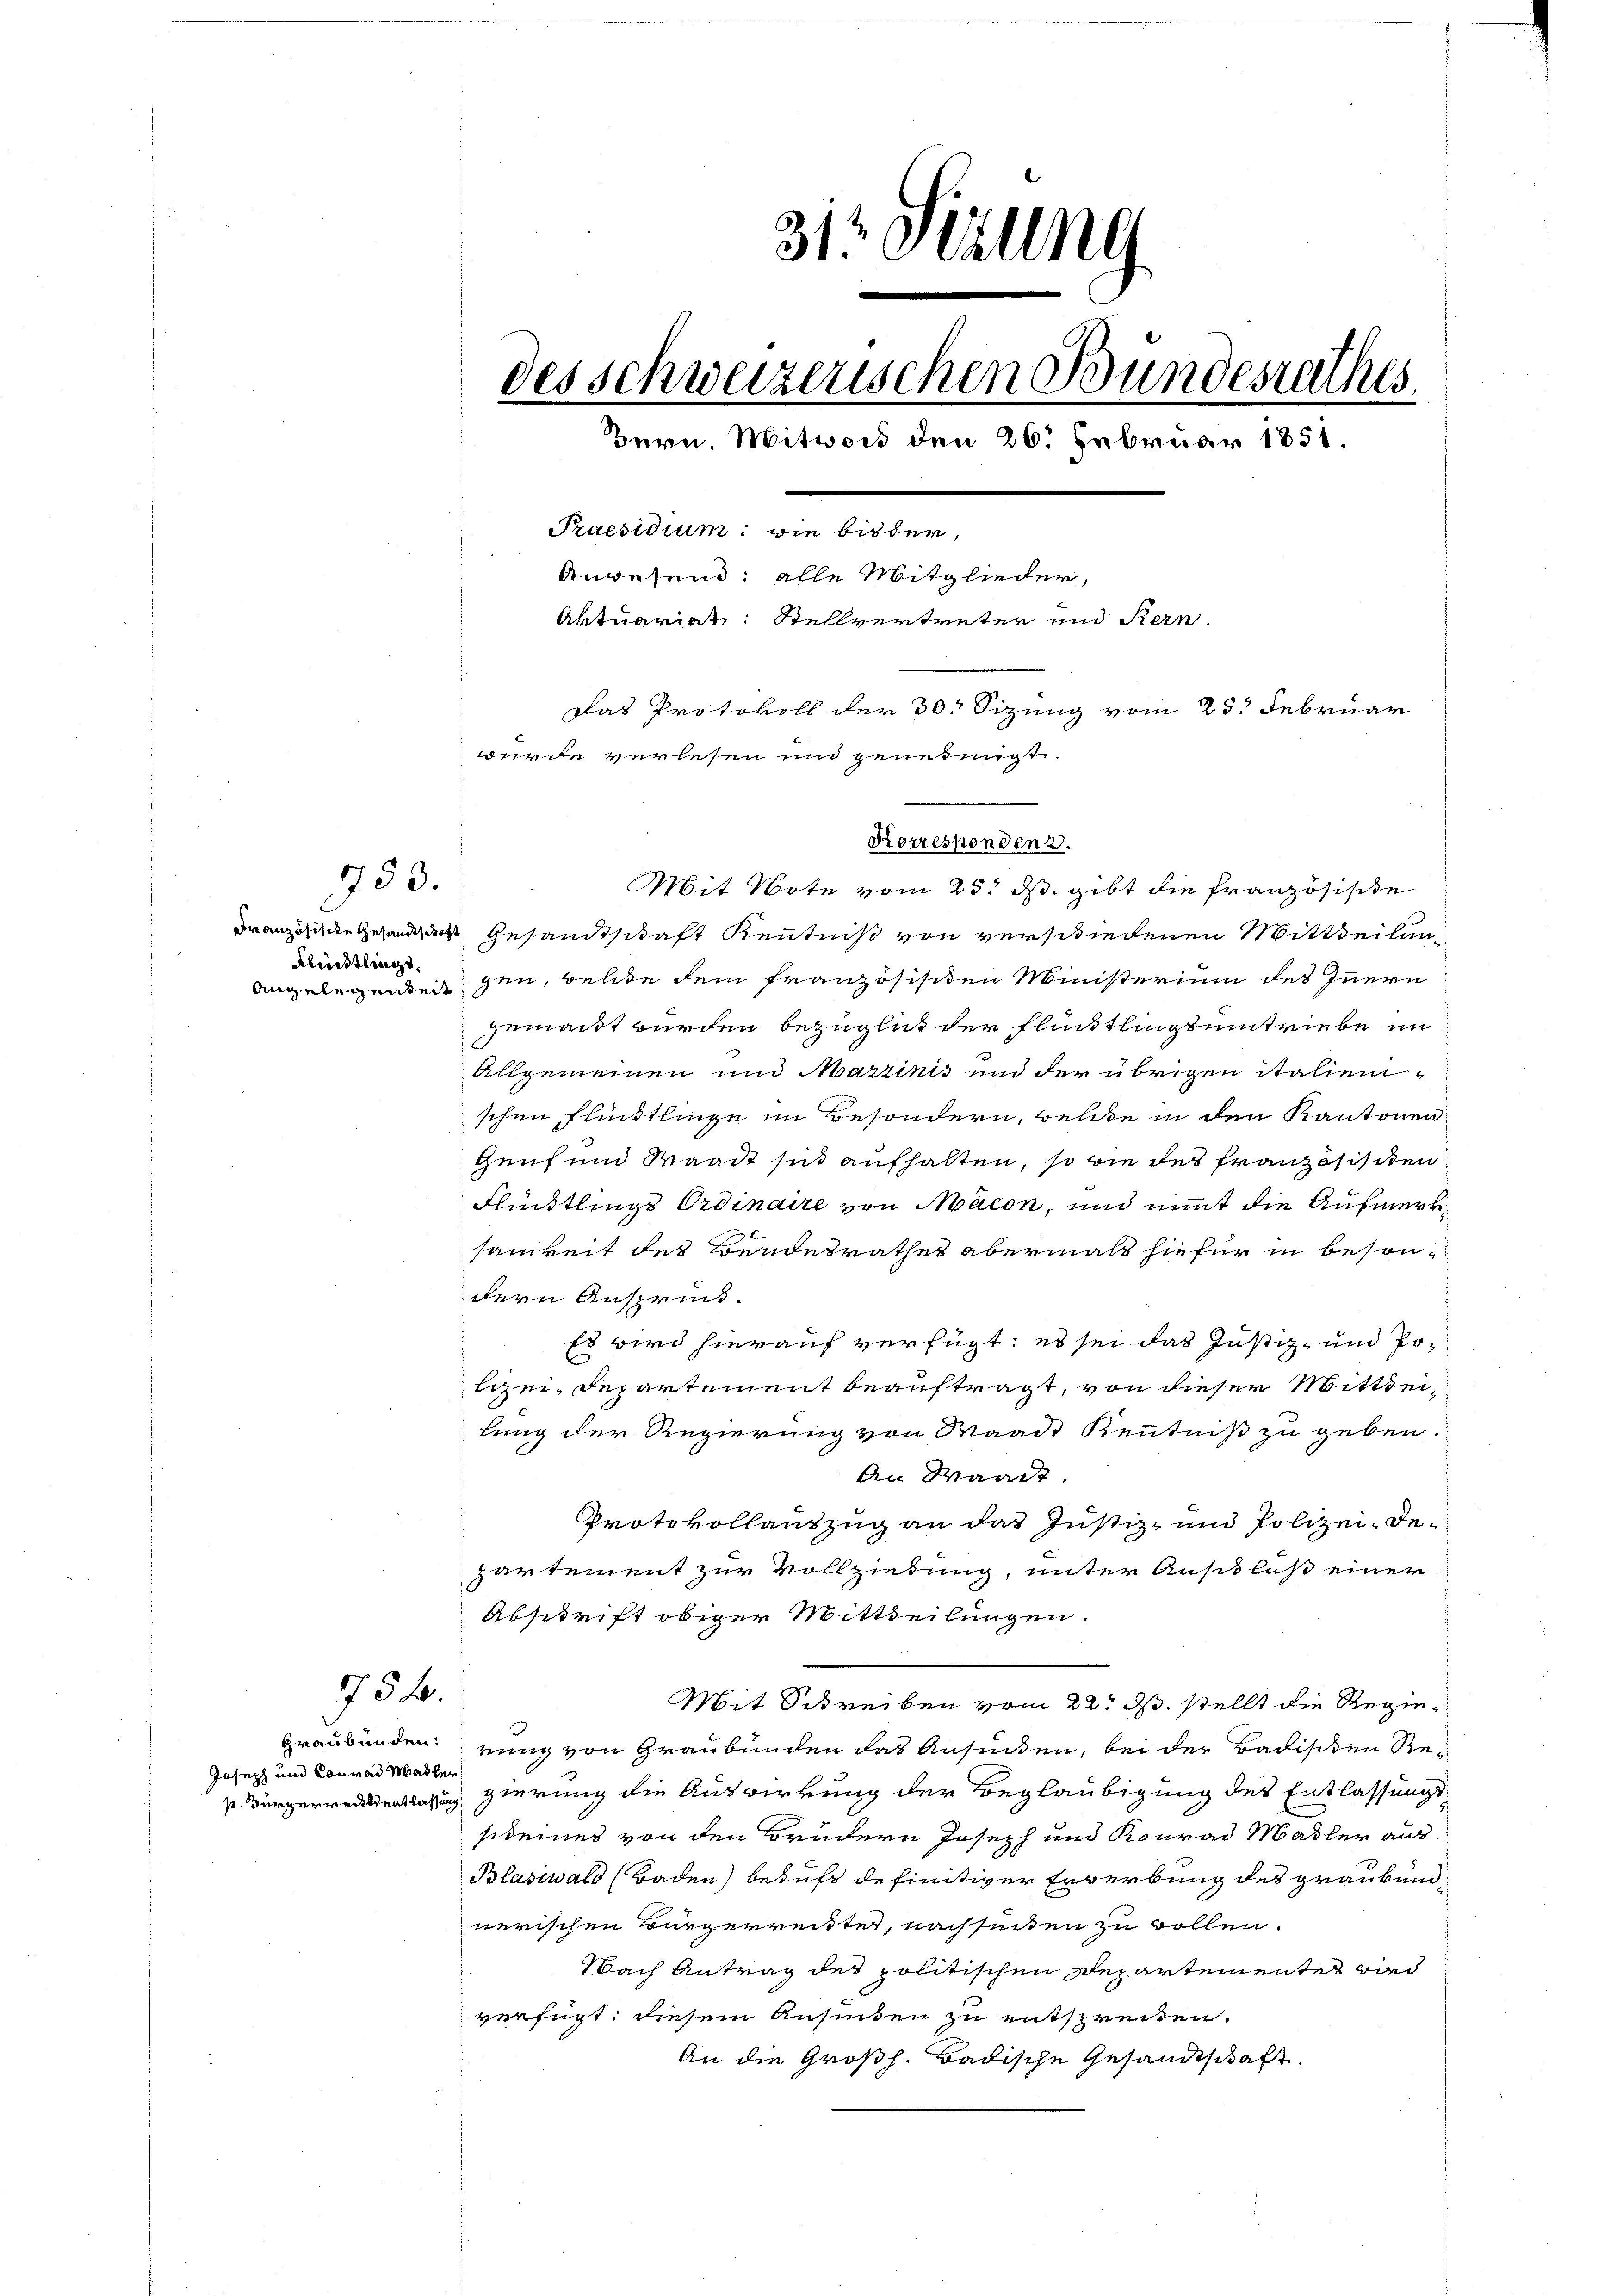
733.

Klündtlings,

754.

Französiden Gesandte Gesandtschaft Kenntniß von verschiedenen Mittheilung
angelegendeigen, welche dem französisiten Ministerium des Innern
gemacht wurden bezüglicht der Flüchtlingsumtriebe im
Allgemeinen und Marzinis und der übrigen italien-
schen Flüchtlinge im Besondern, welche in den Kantonen
Genf und Waadt sind aufhalten, so wie des Französischen
Flücktlings Ordinaire von Mäcon, und nimmt die Aufmerksamkeit des Bundesrathes abermals hiefür in besondern Ansprück.
Es wird hierauf verfügt: es sei das Justiz- und Po-
lizei-Departement beauftragt, von dieser Mittheilung der Regierung von Waadt Kenntniß zu geben.
An Waadt
Protokollantzug an das Justiz- und Polizei- departement zur Vollziehung, unter Ausfluß einer
Abschrift obiger Mittheilungen.
Mit Schreiben vom 22. ds. stellt die Regie¬
Graubünden rung von Graubünden das Ansuchen, bei der Badischen Res Bürgerredetentlassung gierung die Auswirkung der Beglaubigung des Entlassungsfideines von den Brüdern Joseph und Konrad Madler aus
Blasiwald (Baden) beruft definitiver Erwerbung des graubündnerischen Bürgerreiste, nach sinden zu wollen.
Nach Antrag des politischen Departementes wird
verfügt: diesem Ansinden zu entspreiten.
An die Großh. Badische Gesandtschaft.

Joseph und Conrad Madler

31 Sizung
des Schweizerischen Bundesrathes.
e
Bern, Mitwort den 26. Februar 1851.
Praesidium: wie bis der,
Anwesend: alle Mitglieder,
Aktuariat: Stellvertreten und Stern
Das Protokoll der 30. Sizung vom 25. Februar
wurde verlesen und genehmigt.

Korresponden 2.
Mit Note vom 25. ds. gibt die Französische